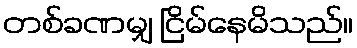
တစ်ခဏမျှ ငြိမ်နေမိသည်။